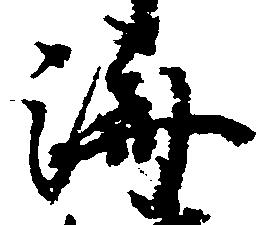
済